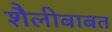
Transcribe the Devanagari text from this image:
शैलीबाबत